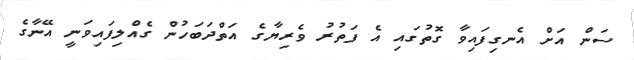
ސަން އަށް އެނގިފައިވާ ގޮތުގައި އެ ފަތުރު ވެރިޔާގެ އަތްދަބަހުން ގެއްލިފައިވަނީ އޭނާގެ